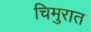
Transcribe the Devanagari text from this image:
चिमुरात